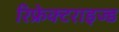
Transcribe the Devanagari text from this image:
रिफ्रेक्टराइज्ड